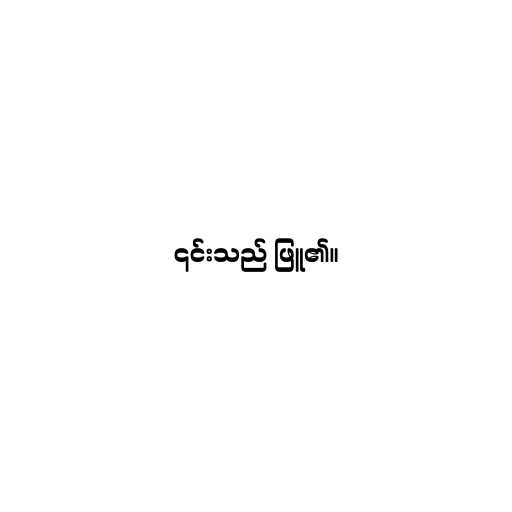
၎င်းသည် ဖြူ၏။